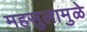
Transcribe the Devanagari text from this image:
महसुलामुळे